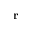
\mathbf { r }